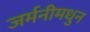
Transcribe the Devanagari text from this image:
जर्मनीमधुन